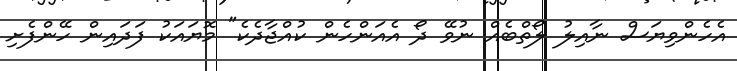
އެހެންވިޔަސް ނާއިލު ލޯތްބެއް ނުވޭ ދޯ އެއަންހެން ކުއްޖާދެކެ" މޮޔައަކު ފަދައިން ހޭންފެށި